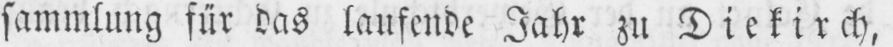
sammlung für das laufende Jahr zu Diekirch,